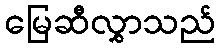
မြေဆီလွှာသည်